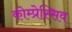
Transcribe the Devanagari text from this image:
कोम्प्रेस्सिव